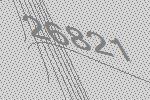
26821